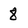
Character: 8